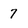
Character: 7